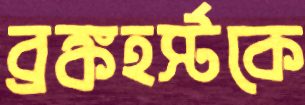
ব্রঙ্কহর্স্টকে